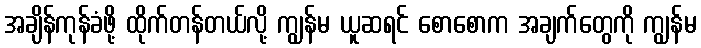
အချိန်ကုန်ခံဖို့ ထိုက်တန်တယ်လို့ ကျွန်မ ယူဆရင် စောစောက အချက်တွေကို ကျွန်မ